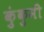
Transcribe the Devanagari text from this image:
कुंकुमी